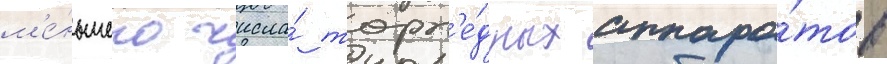
м'е́ньшего числа́ торп'е́дных аппара́тов